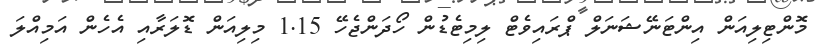
މޮންޓިލިއަން އިންޓަނޭޝަނަލް ޕްރައިވެޓް ލިމިޓެޑުން ހޯދަންޖެހޭ 1.15 މިލިއަން ޑޮލަރާއި އެހެން އަމިއްލަ